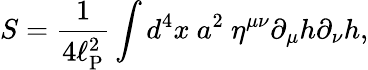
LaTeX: S=\frac{1}{4\ell_{\mathrm{P}}^{2}}\int d^{4}x~a^{2}~\eta^{\mu\nu}\partial_{\mu}h\partial_{\nu}h,